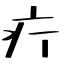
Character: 疔